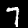
Label: 7